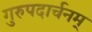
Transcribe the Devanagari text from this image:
गुरुपदार्चनम्